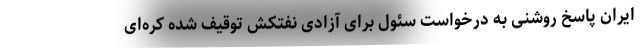
ایران پاسخ روشنی به درخواست سئول برای آزادی نفتکش توقیف شده کره‌ای